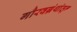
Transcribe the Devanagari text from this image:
गौरवग्रंथांतून